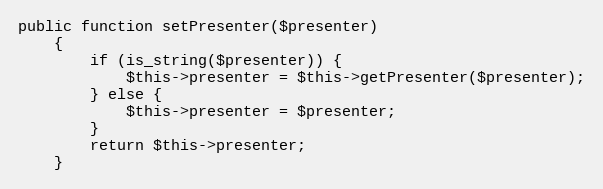
Language: PHP
public function setPresenter($presenter)
    {
        if (is_string($presenter)) {
            $this->presenter = $this->getPresenter($presenter);
        } else {
            $this->presenter = $presenter;
        }
        return $this->presenter;
    }